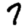
Digit: 7